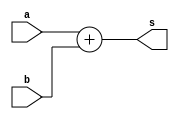
module add4 (s,a,b);
output [4:0] s;
input  [3:0] a,b;
assign s=a+b;
endmodule